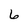
Character: 6